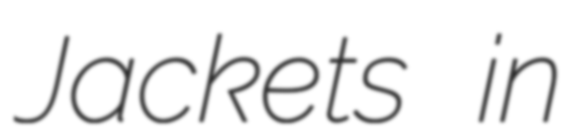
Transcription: Jackets in